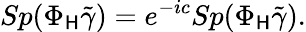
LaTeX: Sp(\Phi_{\mathsf{H}}\tilde{{\gamma}})=e^{-ic}Sp(\Phi_{\mathsf{H}}\tilde{{\gamma}}).